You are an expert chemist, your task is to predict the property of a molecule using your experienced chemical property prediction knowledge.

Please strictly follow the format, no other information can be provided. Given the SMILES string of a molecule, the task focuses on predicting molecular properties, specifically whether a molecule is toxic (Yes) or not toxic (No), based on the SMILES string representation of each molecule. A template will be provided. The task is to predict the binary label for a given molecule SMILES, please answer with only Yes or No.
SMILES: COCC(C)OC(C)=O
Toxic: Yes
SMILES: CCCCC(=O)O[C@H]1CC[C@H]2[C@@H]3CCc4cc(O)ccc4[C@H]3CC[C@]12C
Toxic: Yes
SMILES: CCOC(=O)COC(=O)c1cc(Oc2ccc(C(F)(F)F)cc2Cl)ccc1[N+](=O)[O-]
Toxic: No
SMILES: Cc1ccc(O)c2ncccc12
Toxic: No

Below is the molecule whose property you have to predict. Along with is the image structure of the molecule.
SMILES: CC(=O)N(CC(=O)N(C)C)c1ccccc1
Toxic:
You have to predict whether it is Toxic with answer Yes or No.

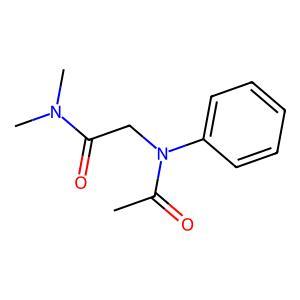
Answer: No